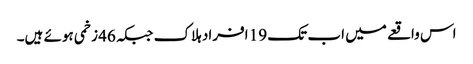
اس واقعے میں اب تک 19 افراد ہلاک جبکہ 46 زخمی ہوئے ہیں۔